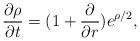
LaTeX: \begin{align*}\frac{\partial \rho}{\partial t} = (1+\frac{\partial}{\partial r})e^{\rho /2},\end{align*}